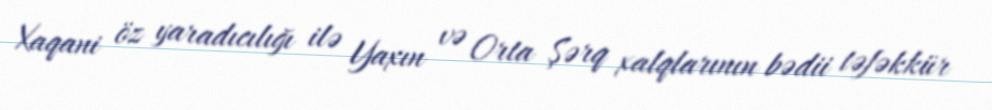
Xaqani öz yaradıcılığı ilə Yaxın və Orta Şərq xalqlarının bədii təfəkkür